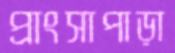
প্রাংসাপাড়া